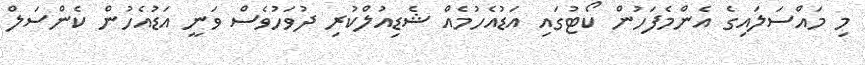
މި މައްސަލައިގެ އެންމެފަހުން ކޯޓުގައި އަޑުއެހުމެއް ޝެޑިއުލްކުރި ދުވަހުވެސް ވަނީ އަޑުއެހުން ކެންސަލް